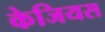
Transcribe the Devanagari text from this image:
केजियस